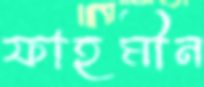
ফাহমীন